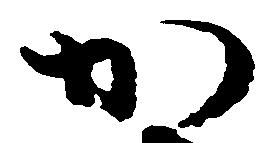
か